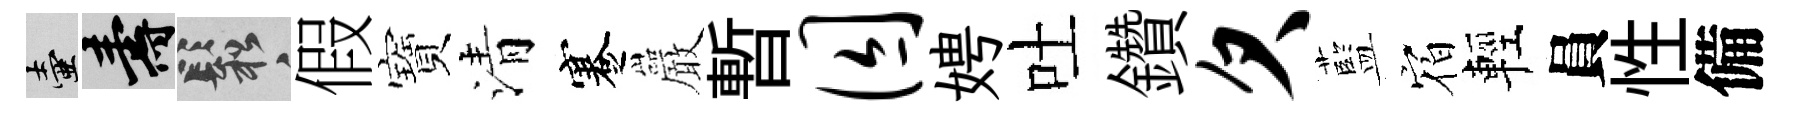
壺壽鬆假寶清蹇巖暫囚娉吐鑽欠藍𪧐輕員性備